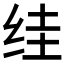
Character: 𮉤